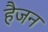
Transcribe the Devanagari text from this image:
हैजन